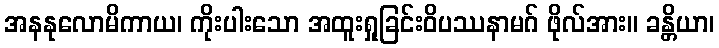
အနနုလောမိကာယ၊ ကိုးပါးသော အထူးရှုခြင်းဝိပဿနာမဂ် ဖိုလ်အား။ ခန္တိယာ၊